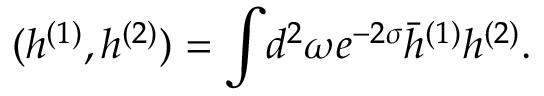
( h ^ { ( 1 ) } , h ^ { ( 2 ) } ) = \int \! d ^ { 2 } \omega e ^ { - 2 \sigma } \bar { h } ^ { ( 1 ) } h ^ { ( 2 ) } .